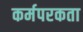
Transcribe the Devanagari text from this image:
कर्मपरकता